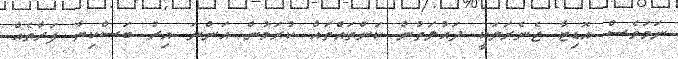
ނަމަވެސް އޮޑިޓާ ޖެނެރަލަކީ ދައުލަތުން ކަންތައްތައް ކުރަމުން އަންނަ އިރު ބަސްކިޔާ ފަރާތެއް